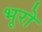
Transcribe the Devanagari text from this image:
भूरो